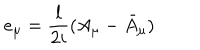
e _ { \mu } = { \frac { l } { 2 i } } ( A _ { \mu } - \bar { A } _ { \mu } )